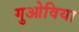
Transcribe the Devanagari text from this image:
गुओविया